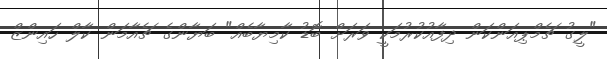
"ލީގު ޗެމްޕިއަންކަން ދިފާއުކުރުމަކީ ވަރަށް ބޮޑު ކާމިޔާބެއް" ބަޔާންގެ ޗެއާމަން ކާލް ހައިންޒް